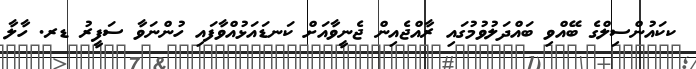
ކކައުންސިލްގެ ބޭއްވި ބައްދަލުވުމުގައި ރާއްޖެއިން ޖެނީވާއަށް ކަނޑައަޅުއްވާފައި ހުންނަވާ ސަފީރު ޑރ. ހާލާ